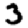
Digit: 3